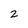
Character: 2